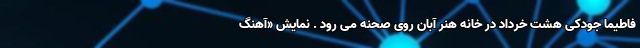
فاطیما جودکی هشت خرداد در خانه هنر آبان روی صحنه می رود . نمایش «آهنگ